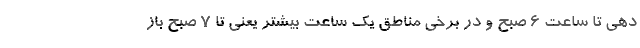
دهی تا ساعت ۶ صبح و در برخی مناطق یک ساعت بیشتر یعنی تا ۷ صبح باز